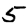
Digit: 5